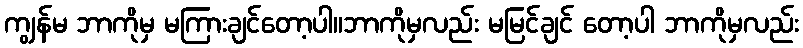
ကျွန်မ ဘာကိုမှ မကြားချင်တော့ပါ။ဘာကိုမှလည်း မမြင်ချင် တော့ပါ ဘာကိုမှလည်း